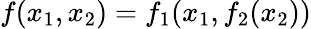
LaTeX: f(x_{1},x_{2})=f_{1}(x_{1},f_{2}(x_{2}))